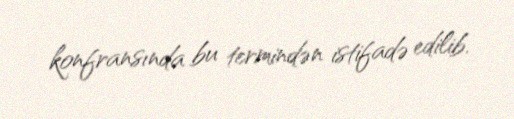
konfransında bu termindən istifadə edilib.